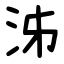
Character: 泲